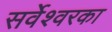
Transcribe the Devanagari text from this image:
सर्वेश्वरका